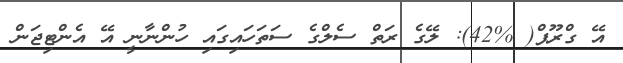
އޭ ގްރޫޕް( %42): ލޭގެ ރަތް ސެލްގެ ސަތަހައިގައި ހުންނާނީ އޭ އެންޓިޖަން